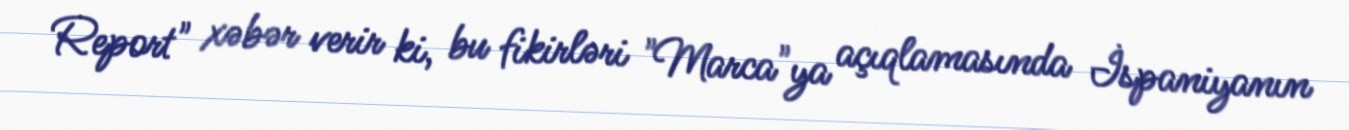
Report" xəbər verir ki, bu fikirləri "Marca"ya açıqlamasında İspaniyanın